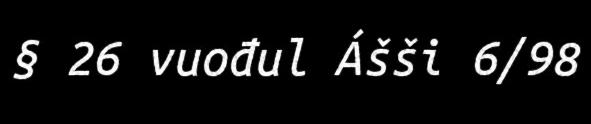
§ 26 vuođul Ášši 6/98